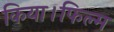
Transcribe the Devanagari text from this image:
किया।फिल्म